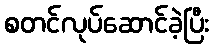
စတင်လုပ်ဆောင်ခဲ့ပြီး